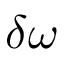
\delta \omega